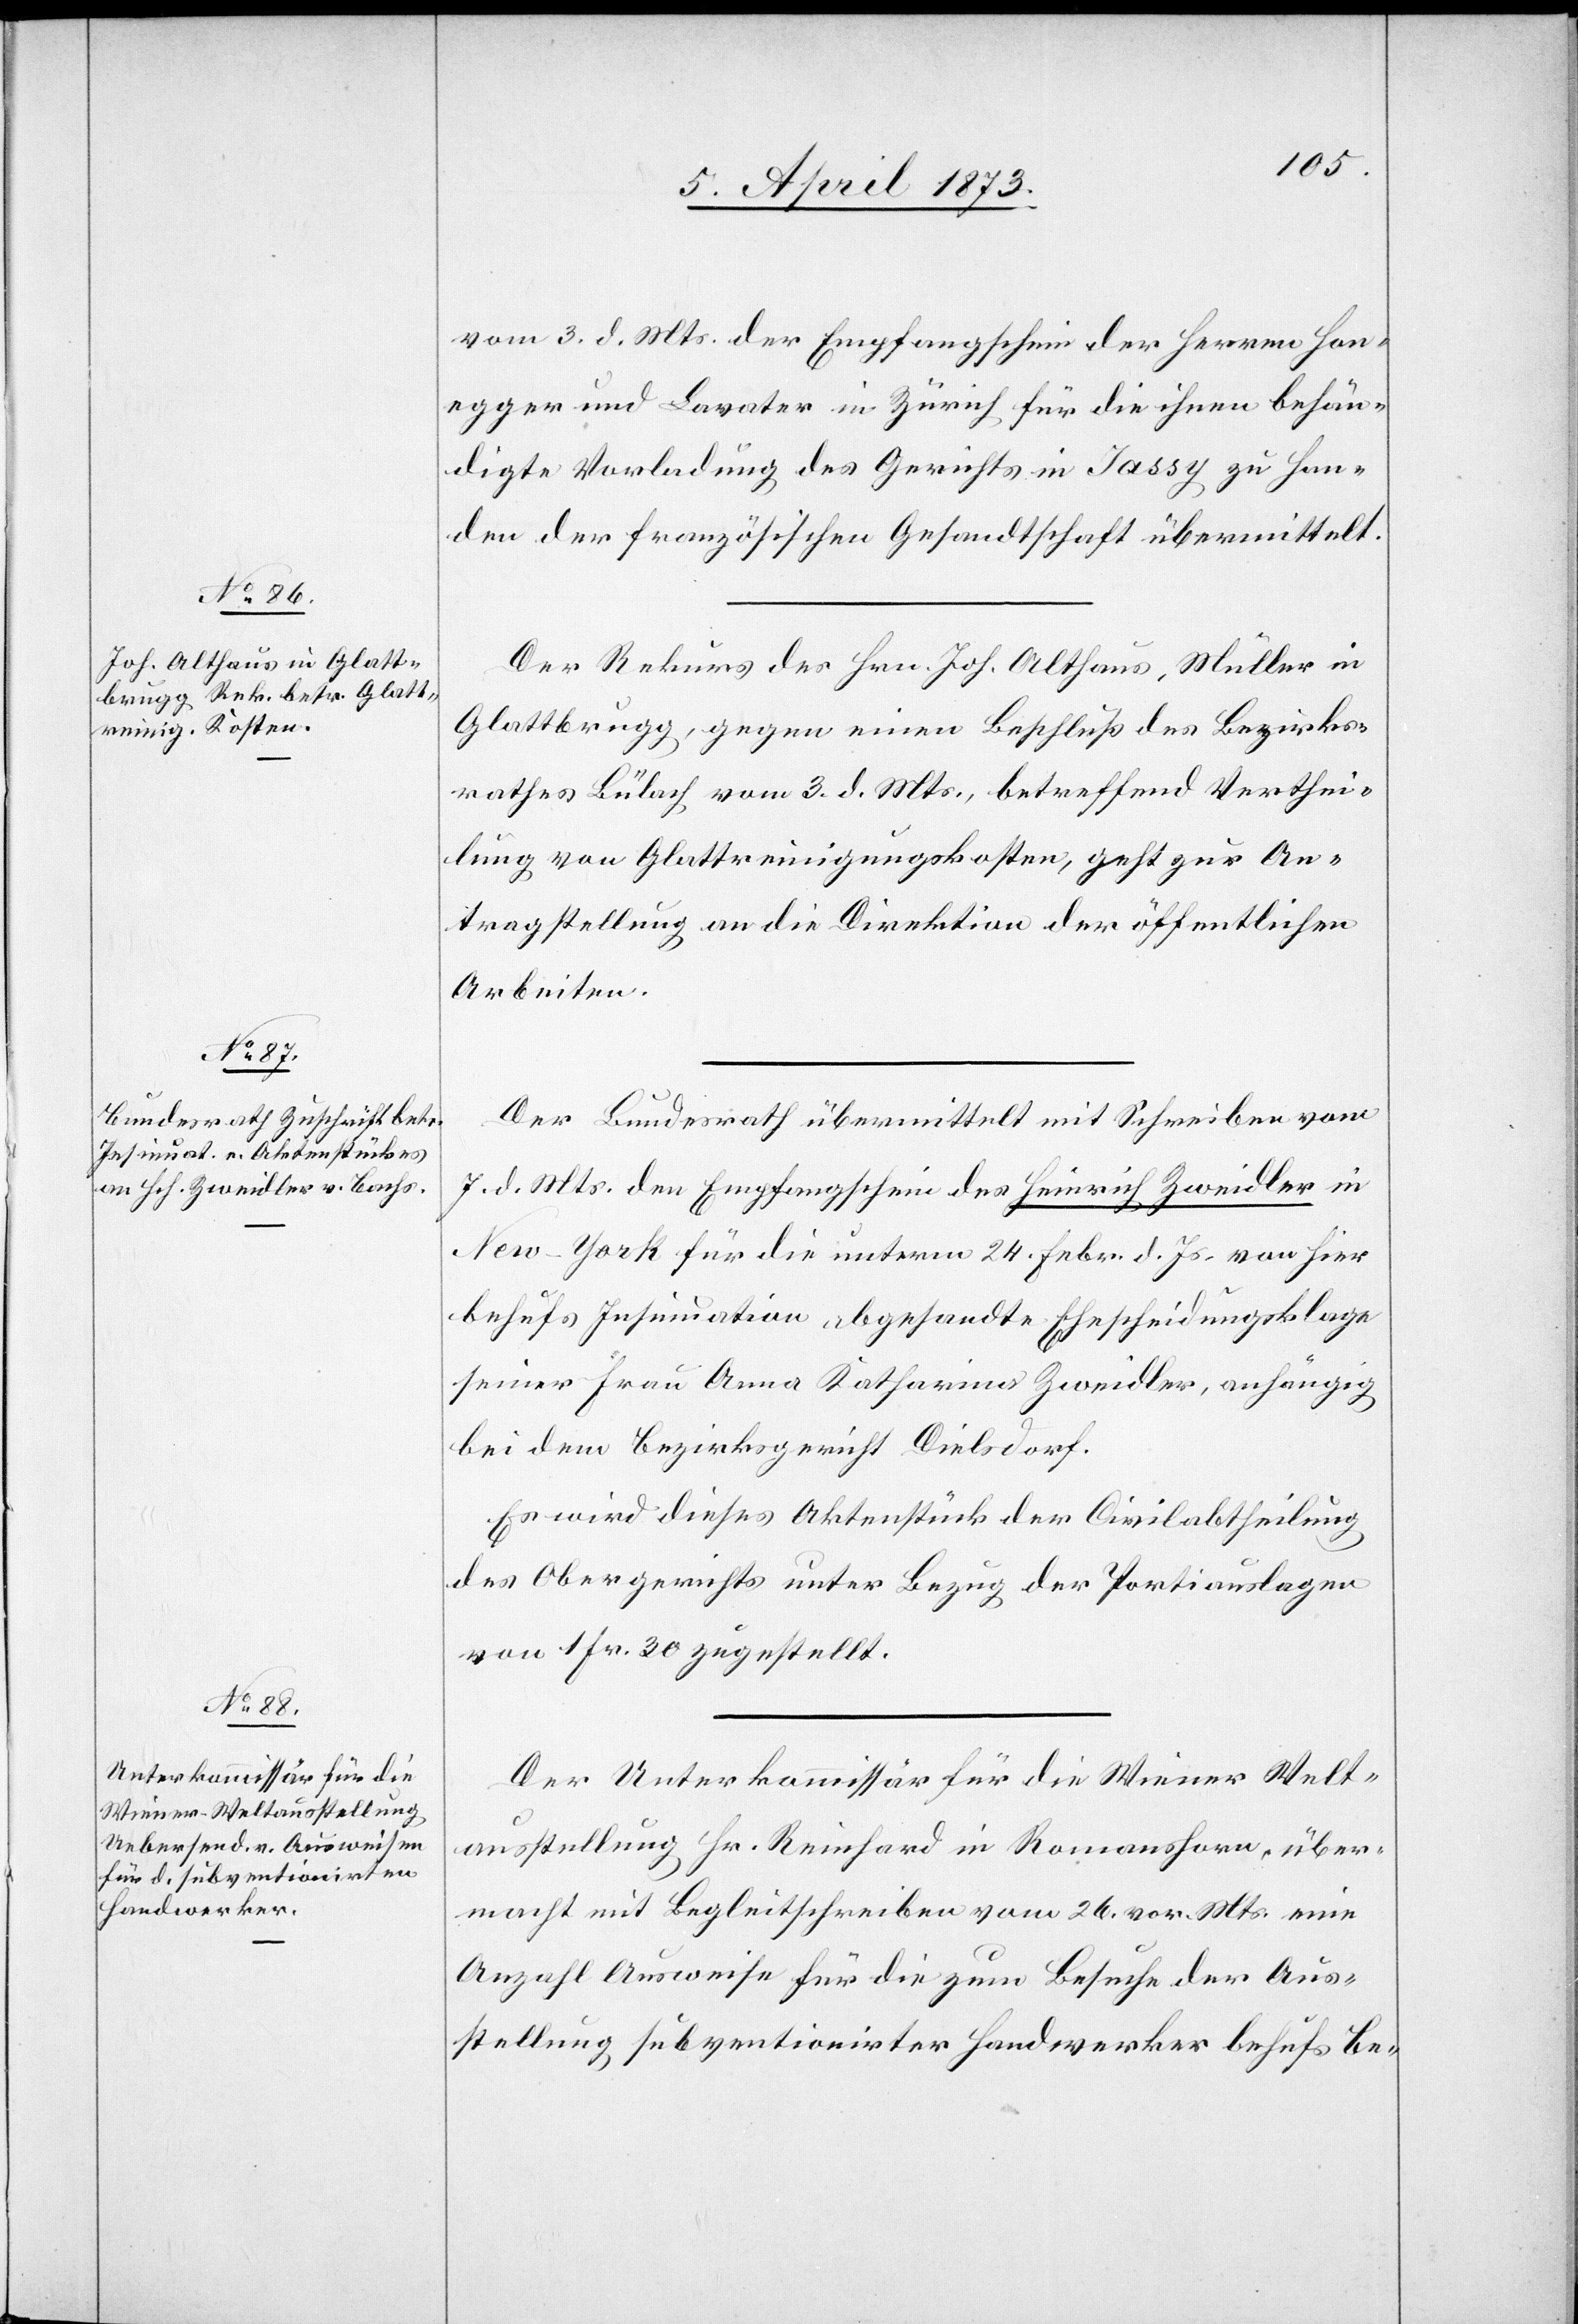
9. April 1873.]
vom 3. d. Mts. der Empfangschein der Herren Hon¬
egger und Lavater in Zürich für die ihnen behän¬
digte Vorladung des Gerichts in Jassy zu Han¬
den der Französischen Gesandtschaft übermittelt.
Der Rekurs des Hrn. Joh. Althaus, Müller in
Glattbrugg, gegen einen Beschluß des Bezirks¬
rathes Bülach vom 3. d. Mts, betreffend Verthei¬
lung von Glattreinigungskosten, geht zur An¬
tragstellung an die Direktion der öffentlichen
Arbeiten.
Der Bundesrath übermittelt mit Schreiben vom
7. d. Mts. den Empfangschein des Heinrich Zweidler in
New-York für die unterm 24. Febr. d. Js. von hier
behufs Insinuation abgesandte Ehescheidungsklage
seiner Frau Anna Katharina Zweidler, anhängig
bei dem Bezirksgericht Dielsdorf.
Es wird dieses Aktenstück der Civilabtheilung
des Obergerichts unter Bezug der Portiauslagen
von 1 Fr. 30 zugestellt.
Der Unterkommissär für die Wiener Welt¬
ausstellung Hr. Reinhard in Romanshorn, über¬
macht mit Begleitschreiben vom 24. vor. Mts. eine
Anzahl Ausweise für die zum Besuche der Aus¬
stellung subventionirter [sic!] Handwerker behufs Be-